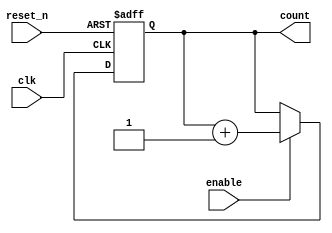
module incremental_counter (
    input wire clk,                 // Clock input
    input wire reset_n,             // Active-low asynchronous reset
    input wire enable,              // Enable signal
    output reg [7:0] count          // 8-bit count output (adjust width as needed)
);

// Initial value for the count
initial begin
    count = 8'b0;                  // Initialize count to zero
end

// Incrementing logic
always @(posedge clk or negedge reset_n) begin
    if (!reset_n) begin
        count <= 8'b0;             // Asynchronous reset to zero
    end else if (enable) begin
        count <= count + 1;        // Increment the count on the rising edge of clock
    end
end

endmodule